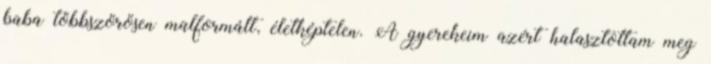
baba többszörösen malformált, életképtelen. A gyerekeim azért halasztottam meg